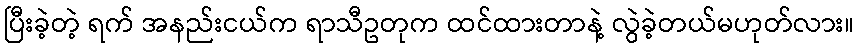
ပြီးခဲ့တဲ့ ရက် အနည်းငယ်က ရာသီဥတုက ထင်ထားတာနဲ့ လွဲခဲ့တယ်မဟုတ်လား။